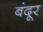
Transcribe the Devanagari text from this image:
बंदूर